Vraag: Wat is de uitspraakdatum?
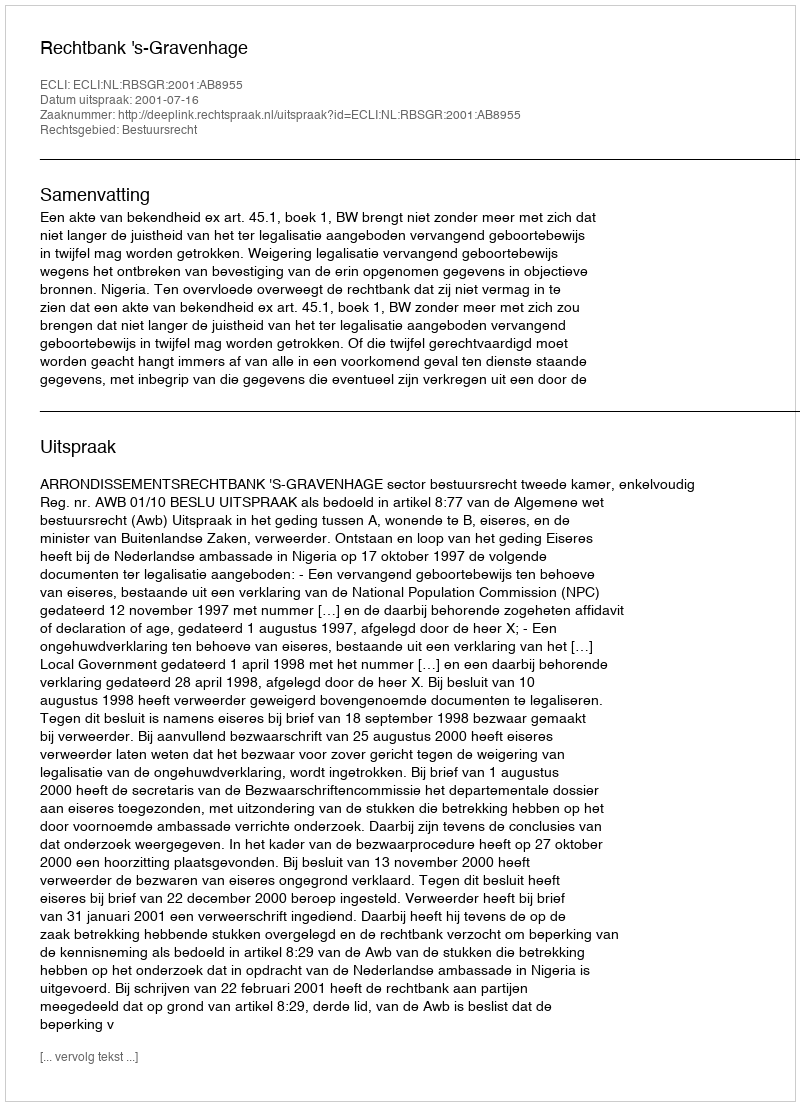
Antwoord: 2001-07-16